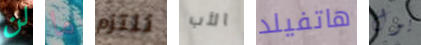
لن ما نلتزم الأب هاتفيلد يول